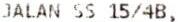
JALAN SS 15/4B,